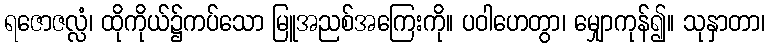
ရဇောဇလ္လံ၊ ထိုကိုယ်၌ကပ်သော မြူအညစ်အကြေးကို။ ပဝါဟေတွာ၊ မျှောကုန်၍။ သုနှာတာ၊